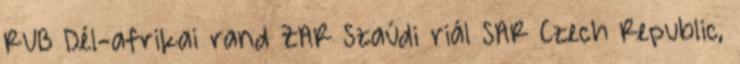
RUB Dél-afrikai rand ZAR Szaúdi riál SAR Czech Republic,